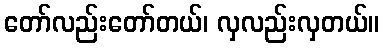
တော်လည်းတော်တယ်၊ လှလည်းလှတယ်။